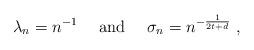
LaTeX: \begin{align*}\lambda_n = n^{- 1} ~~~~ \textrm{and} ~~~~ \sigma_n = n^{- \frac{1}{2 t + d}} \ , \end{align*}